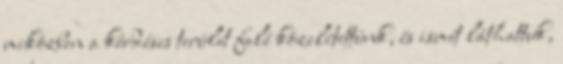
miközben a kérdéses terület felé közelítettünk, és ismét láthattuk,